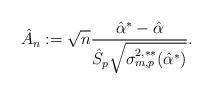
LaTeX: \begin{align*}\hat{A}_n := \sqrt{n}\frac{\hat{\alpha}^* - \hat{\alpha}}{ \hat{S}_p \sqrt{ \sigma_{m,p}^{2,**}(\hat{\alpha}^*)}}.\end{align*}